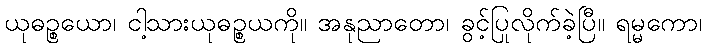
ယုဓဉ္စယော၊ ငါ့သားယုဓဉ္စယကို။ အနုညာတော၊ ခွင့်ပြုလိုက်ခဲ့ပြီ။ ရမ္မကော၊